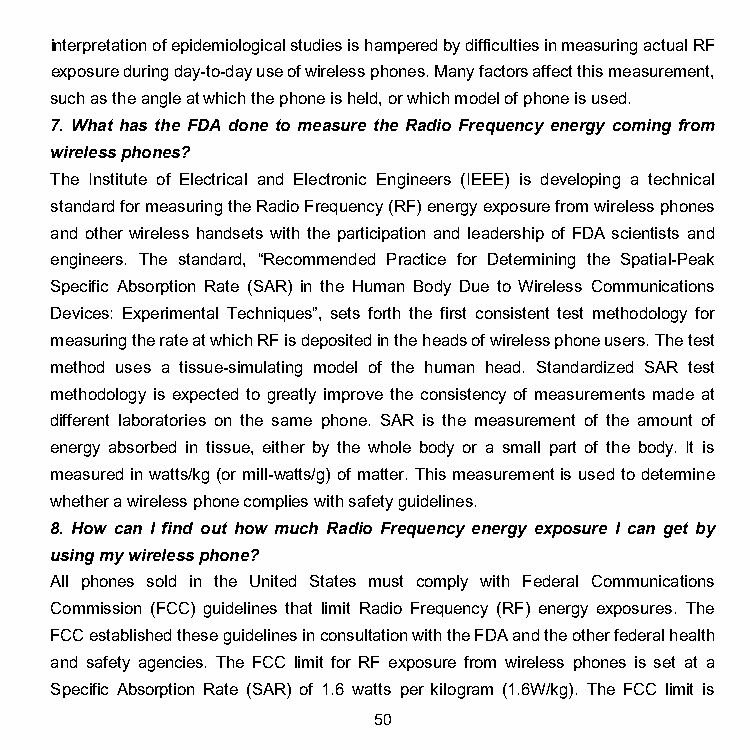
interpretation of epidemiological studies is hampered by difficulties in measuring actual RF
 exposure during day-to-day use of wireless phones. Many factors affect this measurement,
 such as the angle at which the phone is held, or which model of phone is used.
 7. What has the FDA done to measure the Radio Frequency energy coming from
 wireless phones?
 The Institute of Electrical and Electronic Engineers (IEEE) is developing a technical
 standard for measuring the Radio Frequency (RF) energy exposure from wireless phones
 and other wireless handsets with the participation and leadership of FDA scientists and
 engineers. The standard, “Recommended Practice for Determining the Spatial-Peak
 Specific Absorption Rate (SAR) in the Human Body Due to Wireless Communications
 Devices: Experimental Techniques”, sets forth the first consistent test methodology for
 measuring the rate at which RF is deposited in the heads of wireless phone users. The test
 method uses a tissue-simulating model of the human head. Standardized SAR test
 methodology is expected to greatly improve the consistency of measurements made at
 different laboratories on the same phone. SAR is the measurement of the amount of
 energy absorbed in tissue, either by the whole body or a small part of the body. It is
 measured in watts/kg (or mill-watts/g) of matter. This measurement is used to determine
 whether a wireless phone complies with safety guidelines.
 8. How can I find out how much Radio Frequency energy exposure I can get by
 using my wireless phone?
 All phones sold in the United States must comply with Federal Communications
 Commission (FCC) guidelines that limit Radio Frequency (RF) energy exposures. The
 FCC established these guidelines in consultation with the FDA and the other federal health
 and safety agencies. The FCC limit for RF exposure from wireless phones is set at a
 Specific Absorption Rate (SAR) of 1.6 watts per kilogram (1.6W/kg). The FCC limit is
 50